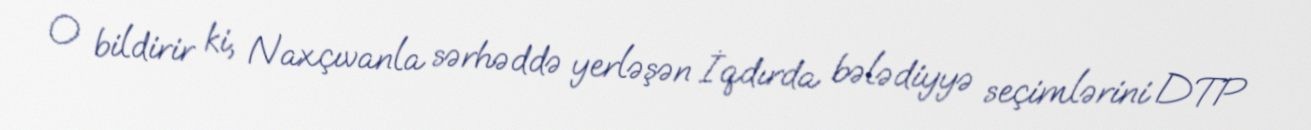
O bildirir ki, Naxçıvanla sərhəddə yerləşən İqdırda bələdiyyə seçimlərini DTP